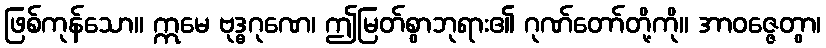
ဖြစ်ကုန်သော။ ဣမေ ဗုဒ္ဓဂုဏေ၊ ဤမြတ်စွာဘုရား၏ ဂုဏ်တော်တို့ကို။ အာဝဇ္ဇေတွာ၊